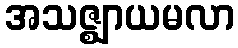
အသဇ္ဈာယမလာ